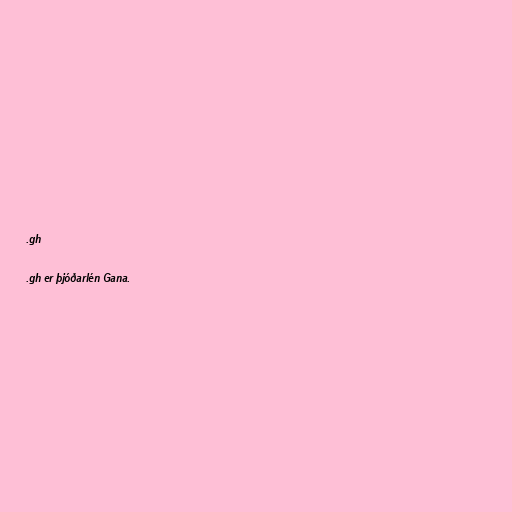
.gh

.gh er þjóðarlén Gana.